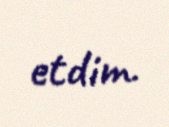
etdim.